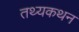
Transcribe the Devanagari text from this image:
तथ्यकथन